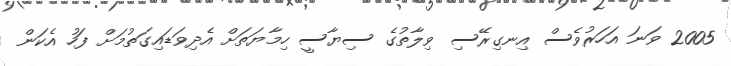
2005 ވަނަ އަހަރުވެސް އިނގިރޭސި ވިލާތުގެ ސިޔާސީ ހިމާޔަތަށް އެދިވަޑައިގަތުމަށް ފަހު އެކަން